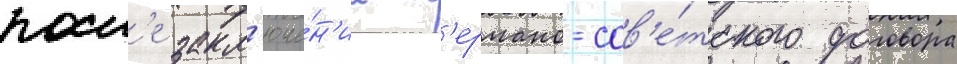
посл'е закл'юче́н'иа г'ермано-сов'е́тского договора